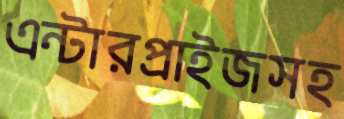
এন্টারপ্রাইজসহ